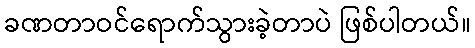
ခဏတာဝင်ရောက်သွားခဲ့တာပဲ ဖြစ်ပါတယ်။